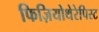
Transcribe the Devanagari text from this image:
फिज़ियोथेरेपिस्ट